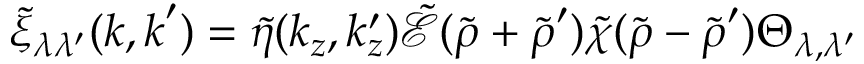
\tilde { \xi } _ { \lambda \lambda ^ { \prime } } ( \boldsymbol { k } , \boldsymbol { k } ^ { \prime } ) = \tilde { \eta } ( k _ { z } , k _ { z } ^ { \prime } ) \tilde { \mathcal { E } } ( \tilde { \boldsymbol { \rho } } + \tilde { \boldsymbol { \rho } } ^ { \prime } ) \tilde { \chi } ( \tilde { \boldsymbol { \rho } } - \tilde { \boldsymbol { \rho } } ^ { \prime } ) \Theta _ { \lambda , \lambda ^ { \prime } }